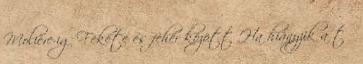
Molière-ig Fekete és fehér között Ha hiányzik a tű